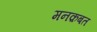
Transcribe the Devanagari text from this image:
मनक़बत